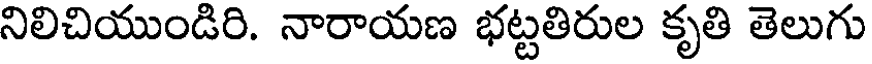
నిలిచియుండిరి. నారాయణ భట్టతిరుల కృతి తెలుగు